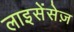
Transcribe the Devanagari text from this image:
लाइसेंसेज़